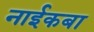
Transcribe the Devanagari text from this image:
नाईकबा